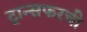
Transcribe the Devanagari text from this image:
ट्रान्सफरची